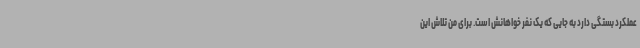
عملکرد بستگی دارد به جایی که یک نفر خواهانش است. برای من تلاش این